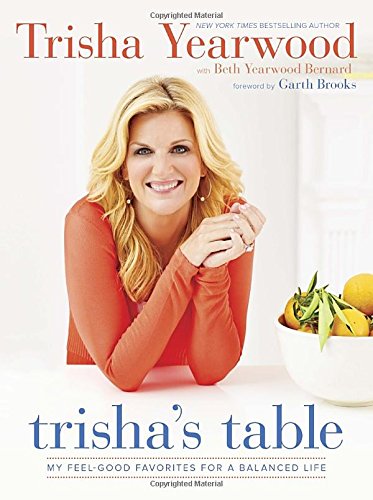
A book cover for Trisha's Table: My Feel-Good Favorites for a Balanced Life; Trisha Yearwood; Cookbooks, Food & Wine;